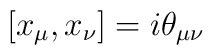
\left[x_\mu,x_\nu\right] = i \theta_{\mu \nu}